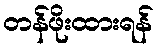
တန်ဖိုးထားရန်